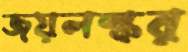
জয়লস্কর